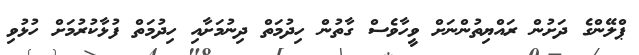
ޕްލޭންގެ ދަށުން ރައްޔިތުންނަށް ވީހާވެސް ގާތުން ހިދުމަތް ދިނުމަށާއި ހިދުމަތް ފުޅާކުރުމަށް ހުޅުވި